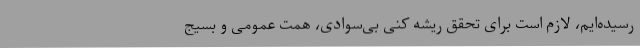
رسیده‌ایم، لازم است برای تحقق ریشه کنی بی‌سوادی، همت عمومی و بسیج